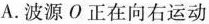
A.波源О正在向右运动 上